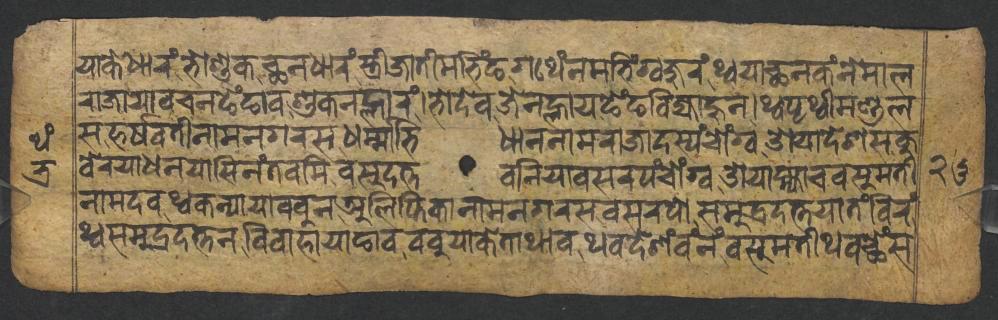
𑐫𑐵𑐎𑐾𑐢𑐵𑐬𑑄𑐨𑑀𑐱𑐸𑐎𑐕𑐣𑐢𑐵𑐬𑑄𑐳𑑂𑐟𑑂𑐬𑐷𑐖𑐵𑐟𑐷𑐩𑐨𑐶𑑄𑐒𑐐𑐠𑐾𑑄𑐣𑐩𑐨𑐶𑑄𑐐𑑂𑐰𑐖𑐸𑐬𑑄𑐠𑑂𑐰𑐫𑐵𑐕𑐣𑐎𑑄𑐣𑐾𑐩𑐵𑐮 𑐬𑐵𑐖𑐵𑐫𑐵𑐰𑐔𑐣𑐒𑐾𑑄𑐒𑐵𑐰𑐱𑐸𑐎𑐣𑐮𑑂𑐴𑐵𑐬𑑄𑐨𑑀𑐡𑐾𑐰𑐖𑐾𑐣𑐮𑑂𑐴𑐵𑐫𑐒𑐾𑑄𑐒𑐧𑐶𑐖𑑂𑐫𑐵𑐴𑐸𑐣𑑋𑐠𑑂𑐰𑐥𑐺𑐠𑑂𑐰𑐷𑐩𑐞𑑂𑐜𑐮 𑐳𑐴𑐬𑑂𑐲𑐰𑐟𑐷𑐣𑐵𑐩𑐣𑐐𑐬𑐳𑐢𑐬𑑂𑐩𑑂𑐩𑐵𑐨𑐶𑐢𑐵𑐣𑐣𑐵𑐩𑐬𑐵𑐖𑐵𑐡𑐳𑑂𑐫𑑄𑐔𑑀𑑄𑐐𑑂𑐰𑐌𑐫𑐵𑐡𑐾𑐱𑐳𑐎𑐸 𑐧𑐾𑐬𑐫𑐵𑐢𑐣𑐫𑐵𑐳𑐶𑐣𑑄𑐟𑐰𑐩𑐶𑐰𑐳𑐸𑐡𑐟𑑂𑐟𑐧𑐣𑐶𑐫𑐵𑐧𑐳𑐬𑐥𑑄𑐔𑑀𑑄𑐐𑑂𑐰𑐌𑐫𑐵𑐩𑑂𑐴𑑂𑐫𑐵𑐔𑐰𑐳𑐸𑐩𑐟𑐷 𑐣𑐵𑐩𑐡𑐰𑐠𑑂𑐰𑐎𑐣𑑂𑐫𑐵𑐫𑐵𑐧𑐧𑐸𑐣𑐀𑐮𑐶𑐥𑑂𑐟𑐶𑐎𑐵𑐣𑐵𑐩𑐣𑐐𑐬𑐳𑐧𑐳𑐬𑐥𑑀𑐳𑐩𑐸𑐡𑑂𑐬𑐡𑐟𑑂𑐟𑐫𑐵𑐟𑑄𑐧𑐶𑐬𑑄 𑐠𑑂𑐰𑐳𑐩𑐸𑐡𑑂𑐬𑐟𑑂𑐟𑐣𑐰𑐶𑐰𑐵𑐴𑐵𑐫𑐵𑐒𑐵𑐰𑐧𑐧𑐸𑐫𑐵𑐎𑐾𑐟𑐵𑐠𑐵𑐰𑐠𑐰𑐡𑐾𑐱𑑄𑐰𑑄𑐣𑑄𑐰𑐳𑐸𑐩𑐟𑐷𑐠𑐰𑐕𑐾𑐳